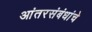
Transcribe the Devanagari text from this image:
आंतरसंबंधांचे